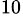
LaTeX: ^{10}